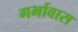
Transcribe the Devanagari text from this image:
गर्भावास